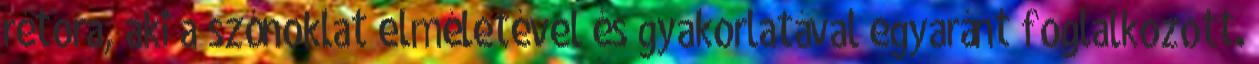
rétora, aki a szónoklat elméletével és gyakorlatával egyaránt foglalkozott.